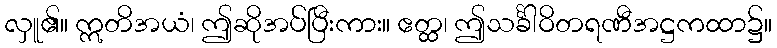
လှူ၏။ ဣတိအယံ၊ ဤဆိုအပ်ပြီးကား။ ဧတ္ထ၊ ဤသင်္ခါဝိတရဏီအဋ္ဌကထာ၌။